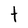
Character: t